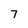
Character: 7